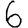
Digit: 6